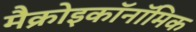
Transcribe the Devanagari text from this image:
मैक्रोइकॉनॉमिक